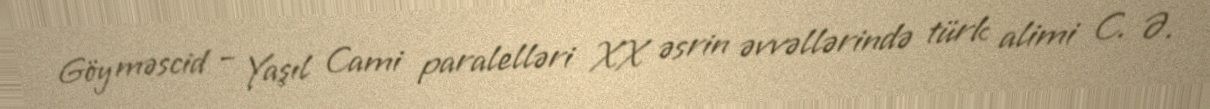
Göy məscid – Yaşıl Cami paralelləri XX əsrin əvvəllərində türk alimi C. Ə.